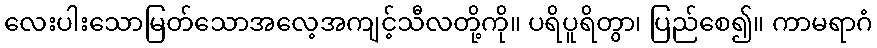
လေးပါးသောမြတ်သောအလေ့အကျင့်သီလတို့ကို။ ပရိပူရိတွာ၊ ပြည်စေ၍။ ကာမရာဂံ